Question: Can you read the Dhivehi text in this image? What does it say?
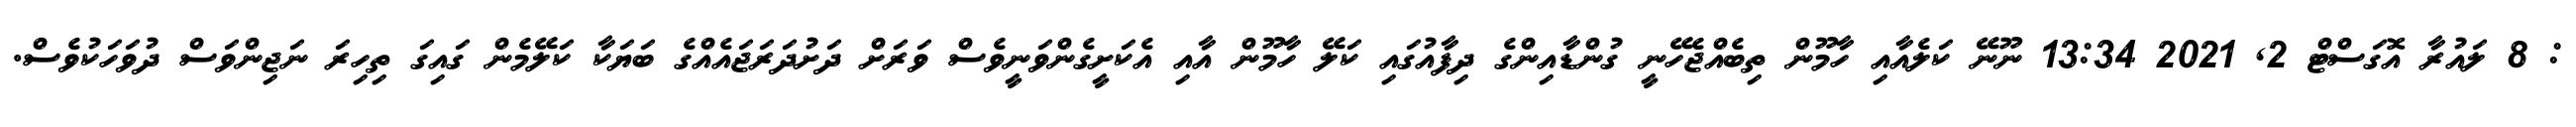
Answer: : 8 ލައުރާ އޮގަސްޓް 2, 2021 13:34 ނޫނޭ ކަލެއާއި ހާމޫން ތިބެއްޖެހޭނީ ގުންޑާއިންގެ ދިފާއުގައި ކަލޭ ހާމޫން އާއި އެކަށީގެންވަނީވެސް ވަރަށް ދަށުދަރަޖައެއްގެ ބަޔަކާ ކަލޭމެން ގައިގަ ތިހިރަ ނަޖިންވަސް ދުވަހަކުވެސް.